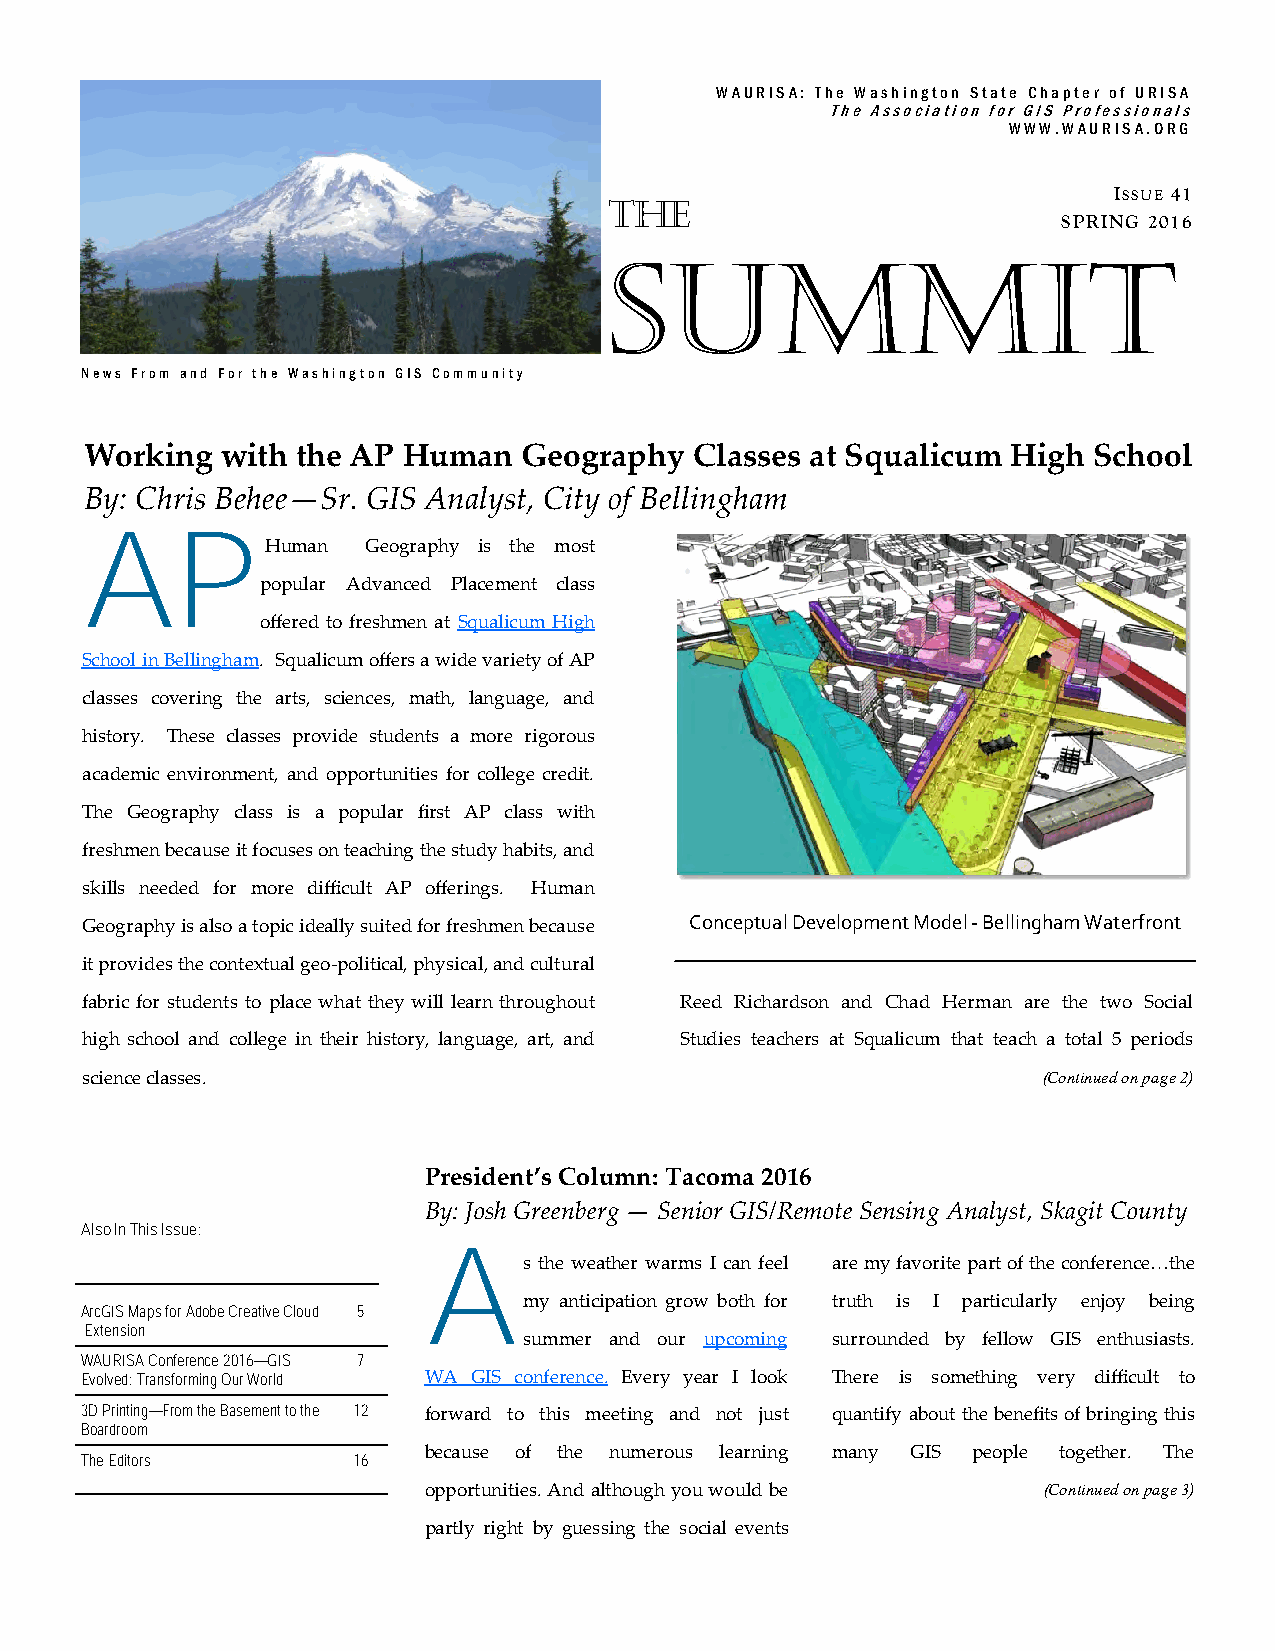
WAURISA: The Washington State Chapter of URISA
 The Association for GIS Professionals
 WWW.WAURISA.ORG
 The                               ISSUE 41
 SPRING 2016
 Summit
 News From and For the Washington GIS Community
 Working  with the AP Human   Geography  Classes at Squalicum High School
 By: Chris Behee—Sr. GIS Analyst, City of Bellingham
 AP
 Human Geography is the most
 popular Advanced Placement class
 offered to freshmen at Squalicum High
 School in Bellingham. Squalicum offers a wide variety of AP
 classes covering the arts, sciences, math, language, and
 history. These classes provide students a more rigorous
 academic environment, and opportunities for college credit.
 The Geography class is a popular first AP class with
 freshmen because it focuses on teaching the study habits, and
 skills needed for more difficult AP offerings. Human
 Geography is also a topic ideally suited for freshmen because Conceptual Development Model - Bellingham Waterfront
 it provides the contextual geo-political, physical, and cultural
 fabric for students to place what they will learn throughout Reed Richardson and Chad Herman are the two Social
 high school and college in their history, language, art, and Studies teachers at Squalicum that teach a total 5 periods
 science classes.                                                (Continued on page 2)
 President’s Column: Tacoma 2016
 By: Josh Greenberg — Senior GIS/Remote Sensing Analyst, Skagit County
 Also In This Issue:
 A
 s the weather warms I can feel are my favorite part of the conference…the
 my anticipation grow both for truth is I particularly enjoy being
 ArcGIS Maps for Adobe Creative Cloud 5
 Extension
 summer and our upcoming surrounded by fellow GIS enthusiasts.
 WAURISA Conference 2016—GIS 7
 Evolved: Transforming Our World WA GIS conference. Every year I look There is something very difficult to
 3D Printing—From the Basement to the 12 forward to this meeting and not just quantify about the benefits of bringing this
 Boardroom
 because of the numerous learning many GIS people together. The
 The Editors       16
 opportunities. And although you would be (Continued on page 3)
 partly right by guessing the social events